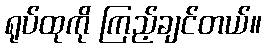
ရုပ်ထုကို ကြည့်ချင်တယ်။